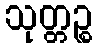
သုတ္တဉ္စ